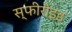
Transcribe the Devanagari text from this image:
स्फीरोइड